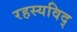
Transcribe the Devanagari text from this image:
रहस्यविद्